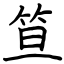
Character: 笪